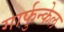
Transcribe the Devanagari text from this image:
गार्फुन्केल